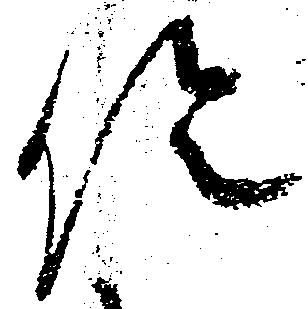
促